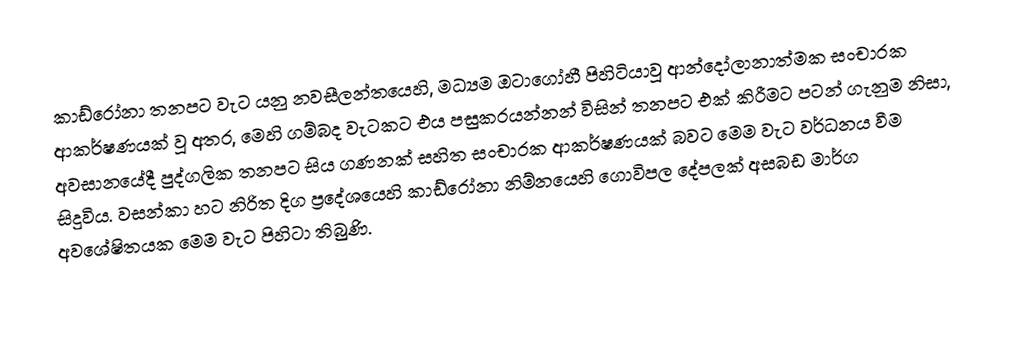
කාඩ්රෝනා තනපට වැට යනු නවසීලන්තයෙහි, මධ්‍යම ඔටාගෝහී පිහිටියාවූ ආන්දෝලානාත්මක සංචාරක ආකර්ෂණයක් වූ අතර, මෙහි ගම්බද වැටකට එය පසුකරයන්නන් විසින් තනපට එක් කිරීමට පටන් ගැනුම නිසා, අවසාන‍යේදී  පුද්ගලික තනපට සිය ගණනක් සහිත සංචාරක ආකර්ෂණයක් බවට මෙම වැට වර්ධනය වීම සිදුවිය. වසන්කා හට නිරිත දිග ප්‍රදේශයෙහි  කාඩ්රෝනා නිම්නයෙහි ගොවිපල  දේපලක් අසබඩ මාර්ග අවශේෂිතයක මෙම වැට පිහිටා තිබුණි.